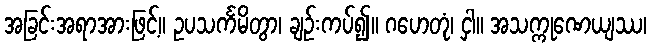
အခြင်းအရာအားဖြင့်။ ဥပသင်္ကမိတွာ၊ ချဉ်းကပ်၍။ ဂဟေတုံ၊ ငှါ။ အသက္ကုဏေယျဿ၊